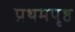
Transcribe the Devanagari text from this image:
प्रथमपृष्ठ